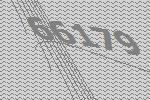
66179